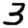
Digit: 3